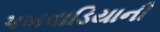
પખવાડિયાની